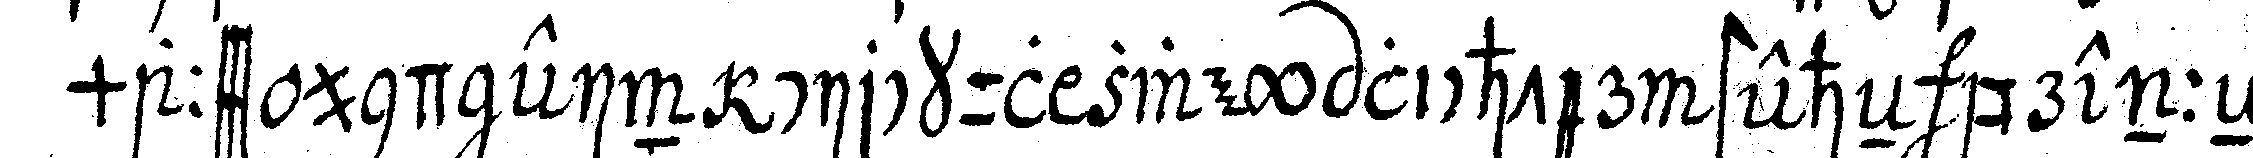
maass und ein circkul zwey lichter steheN brenneNd